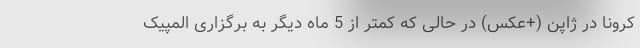
کرونا در ژاپن (+عکس) در حالی که کمتر از 5 ماه دیگر به برگزاری المپیک